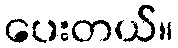
ပေးတယ်။